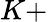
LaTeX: K+